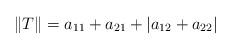
LaTeX: \begin{align*}\Vert T\Vert=a_{11}+a_{21}+|a_{12}+a_{22}| \end{align*}